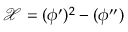
\mathcal { X } = ( \phi ^ { \prime } ) ^ { 2 } - ( \phi ^ { \prime \prime } )